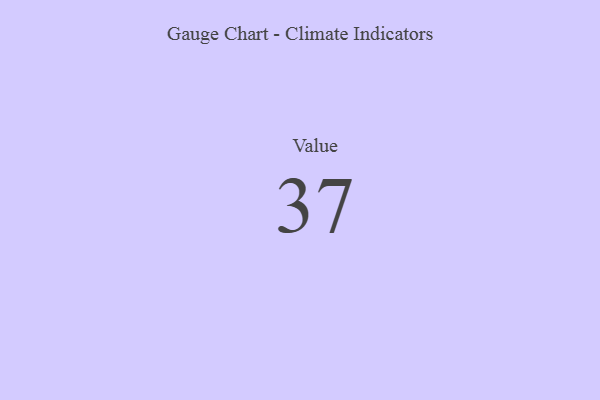
{"axis": {"x": "Metric", "y": "Value"}, "legend": [""], "data": [{"x": "Value", "y": 37, "type": ""}]}